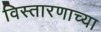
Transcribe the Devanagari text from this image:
विस्तारणाच्या